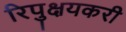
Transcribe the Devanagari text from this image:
रिपुक्षयकरी